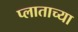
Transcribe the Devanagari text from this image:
प्लाताच्या